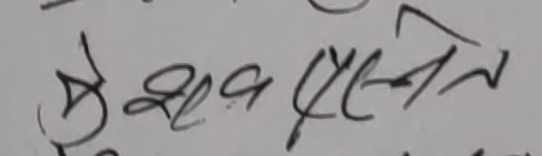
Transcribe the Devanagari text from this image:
येश्रव एल्ने